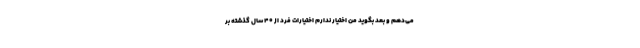
می‌دهم و بعد بگوید من اختیار ندارم اختیارات فرد از ۴۰ سال گذشته بر